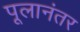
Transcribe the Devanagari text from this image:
पूलानंतर